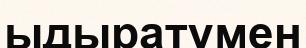
ыдыратумен